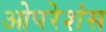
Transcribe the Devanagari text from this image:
ओपरेशंस